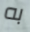
به